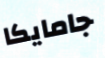
جامايكا